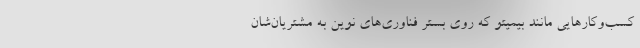
کسب‌وکارهایی مانند بیمیتو که روی بستر فناوری‌های نوین به مشتریان‌شان